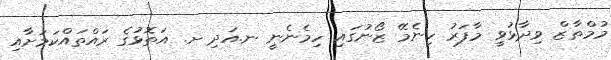
މުމްތާޒް ވިދާޅުވީ މާފަރު ހިނެމޭ ޒޯނުގައި ހިމެނެނީ ނ.އަދި ށ. އަތޮޅުގެ ރައްތައްކަމަށާއި